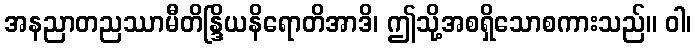
အနညာတညဿာမီတိန္ဒြိယနိရောတိအာဒိ၊ ဤသို့အစရှိသောစကားသည်။ ဝါ၊